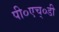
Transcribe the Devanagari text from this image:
पी०एच्०डी